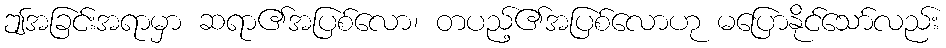
ဤအခြင်းအရာမှာ ဆရာ၏အပြစ်လော၊ တပည့်၏အပြစ်လောဟု မပြောနိုင်သော်လည်း